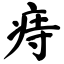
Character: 痔